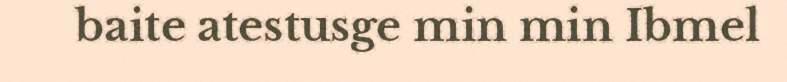
baite atestusge min min Ibmel